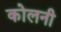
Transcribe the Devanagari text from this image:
कोलनी